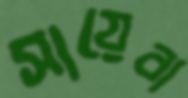
সায়েবা